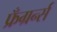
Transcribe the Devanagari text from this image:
फ्रँग्रर्न्स